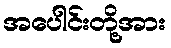
အပေါင်းတို့အား